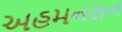
અહમનસન